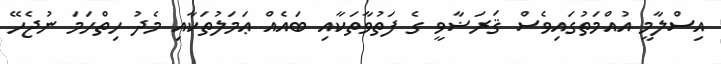
އިސްލާމީ އުއްމަތުގައިވެސް ޤަރަޟާވީ ގެ ފަތުވާތަކާއި ބައެއް ޢަމަލުތަކާއި މެދު ހިތްހަމަ ނުޖެހޭ